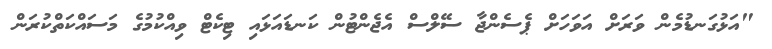
"އަޅުގަނޑުމެން ވަރަށް އަވަހަށް ޕެސެންޖާ ސޭލްސް އެޖެންޓުން ކަނޑައަޅައި ޓިކެޓް ވިއްކުމުގެ މަސައްކަތްކުރަން